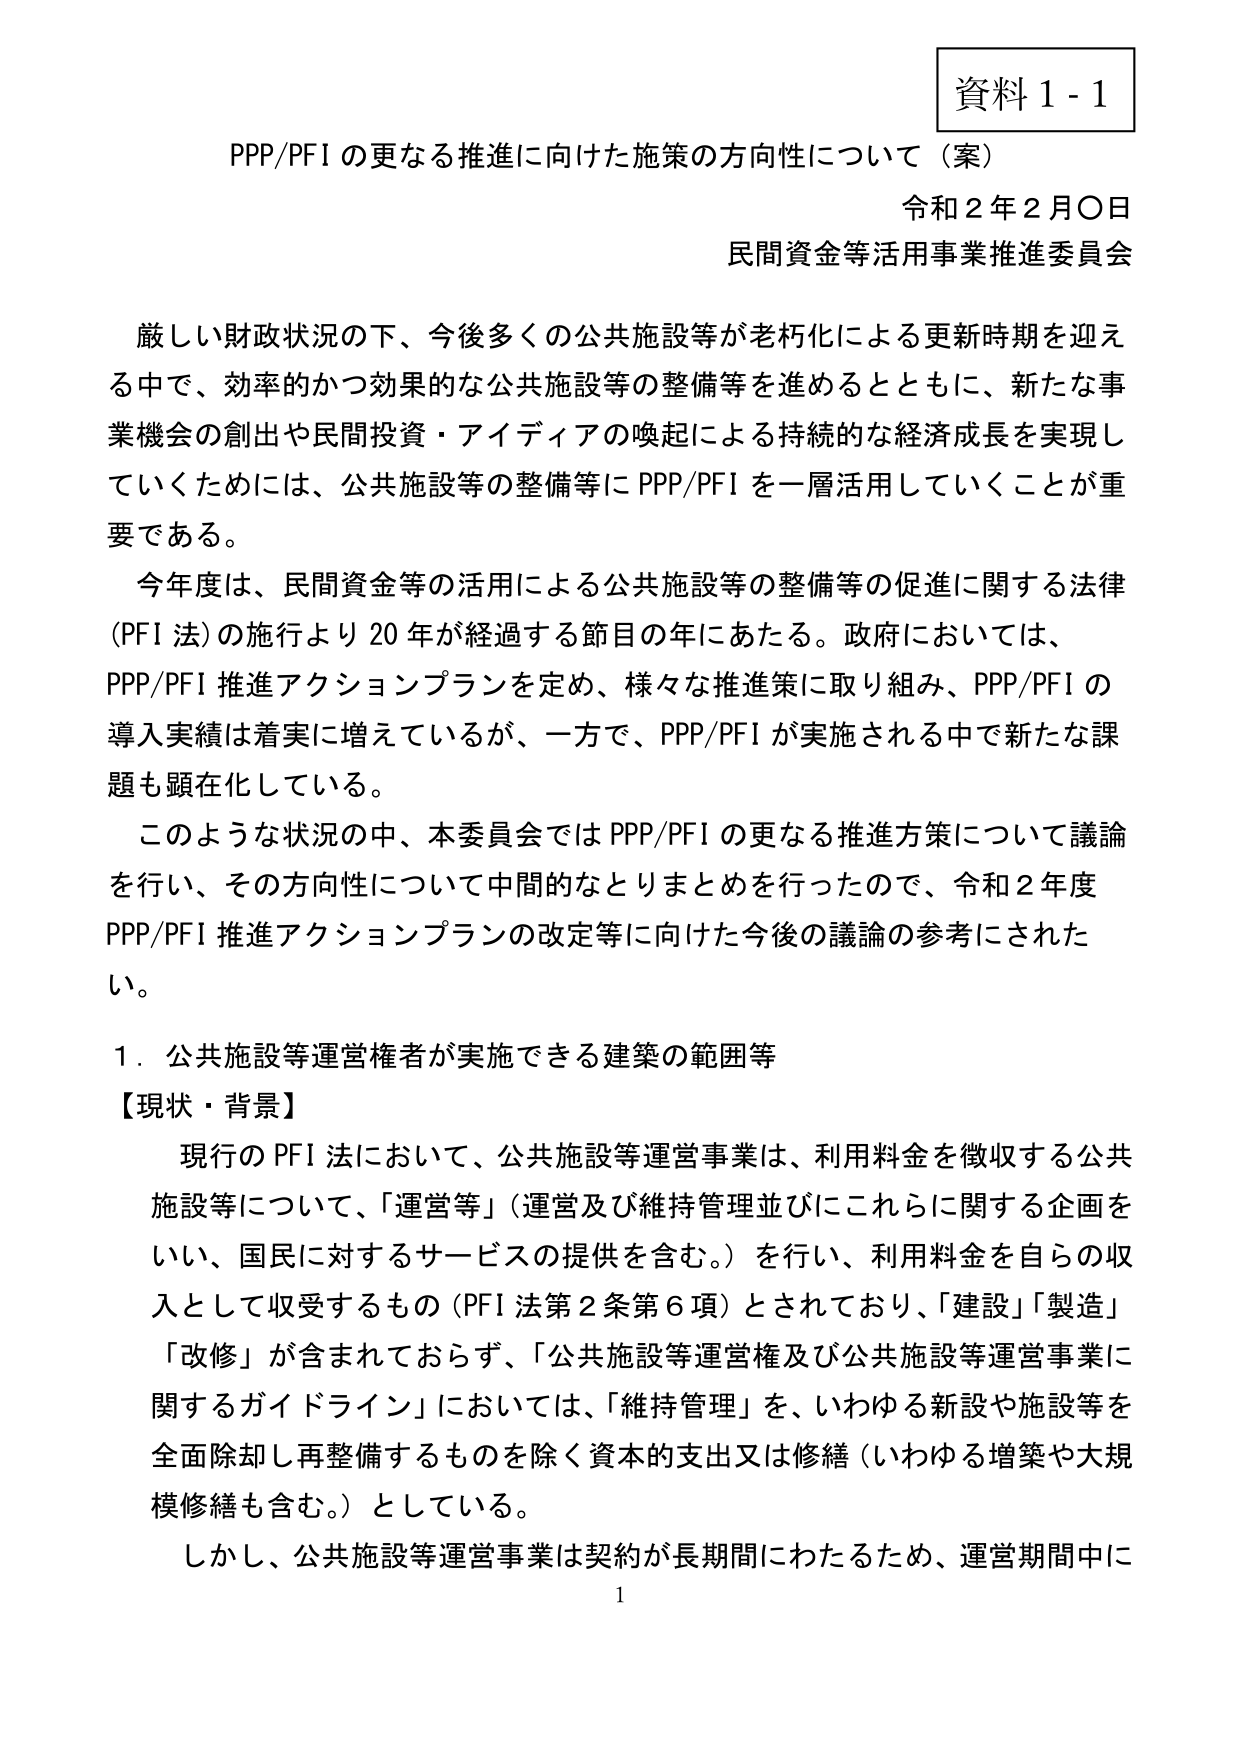
資料１-１
PPP/PFI の更なる推進に向けた施策の方向性について（案）
令和２年２月〇日
民間資金等活用事業推進委員会

厳しい財政状況の下、今後多くの公共施設等が老朽化による更新時期を迎える中で、効率的かつ効果的な公共施設等の整備等を進めるとともに、新たな事業機会の創出や民間投資・アイディアの喚起による持続的な経済成長を実現していくためには、公共施設等の整備等に PPP/PFI を一層活用していくことが重要である。

今年度は、民間資金等の活用による公共施設等の整備等の促進に関する法律（PFI 法）の施行より 20 年が経過する節目の年にあたる。政府においては、PPP/PFI 推進アクションプランを定め、様々な推進策に取り組み、PPP/PFI の導入実績は着実に増えているが、一方で、PPP/PFI が実施される中で新たな課題も顕在化している。

このような状況の中、本委員会では PPP/PFI の更なる推進方策について議論を行い、その方向性について中間的なとりまとめを行ったので、令和２年度 PPP/PFI 推進アクションプランの改定等に向けた今後の議論の参考にされたい。

１．公共施設等運営権者が実施できる建築の範囲等
【現状・背景】
現行の PFI 法において、公共施設等運営事業は、利用料金を徴収する公共施設等について、「運営等」（運営及び維持管理並びにこれらに関する企画をいい、国民に対するサービスの提供を含む。）を行い、利用料金を自らの収入として収受するもの（PFI 法第２条第６項）とされており、「建設」「製造」「改修」が含まれておらず、「公共施設等運営権及び公共施設等運営事業に関するガイドライン」においては、「維持管理」を、いわゆる新設や施設等を全面除却し再整備するものを除く資本的支出又は修繕（いわゆる増築や大規模修繕も含む。）としている。

しかし、公共施設等運営事業は契約が長期間にわたるため、運営期間中に

1